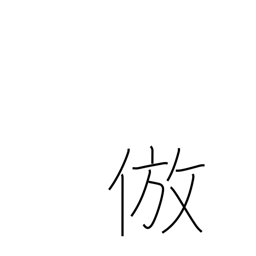
Meaning: imitate